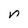
Character: n